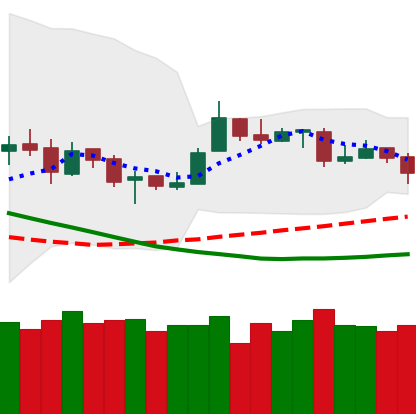
Ticker: ETH-USD
Chart end date: 2019-03-25
Forward return: 5.23%
Label: up_5_7